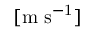
[ \mathrm { m ~ s ^ { - 1 } } ]